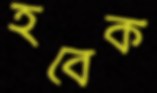
হবেক